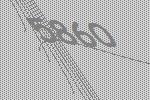
5860